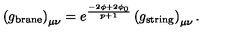
\left( g _ { \mathrm { \scriptsize b r a n e } } \right) _ { \mu \nu } = e ^ { \frac { - 2 \phi + 2 \phi _ { 0 } } { p + 1 } } \left( g _ { \mathrm { \scriptsize s t r i n g } } \right) _ { \mu \nu } .